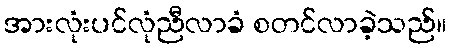
အားလုံးပင်လုံညီလာခံ စတင်လာခဲ့သည်။